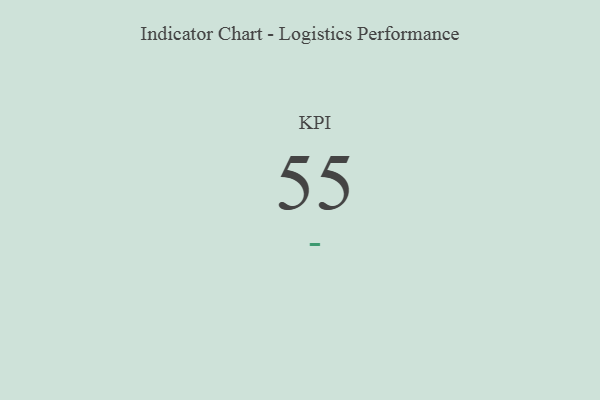
{"axis": {"x": "KPI", "y": "Value"}, "legend": [""], "data": [{"x": "KPI", "y": 55, "type": ""}]}